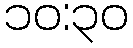
၁၀:၃၀